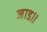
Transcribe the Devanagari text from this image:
जाड॥